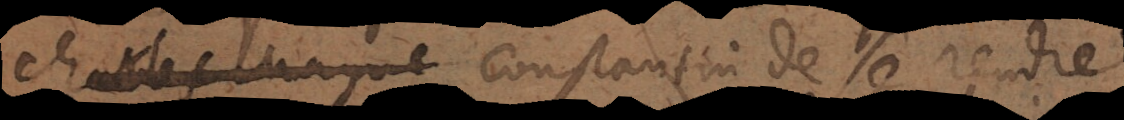
Charlesmagne Constantin de se rendre